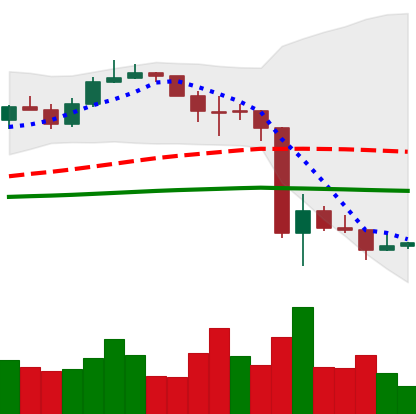
Ticker: LINK-USD
Chart end date: 2020-03-18
Forward return: 18.546%
Label: up_7plus